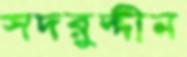
সদরুদ্দীন